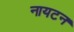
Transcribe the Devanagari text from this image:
नायटन